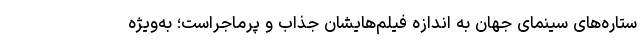
ستاره‌های سینمای جهان به اندازه فیلم‌هایشان جذاب و پرماجراست؛ به‌ویژه